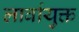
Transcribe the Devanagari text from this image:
लार्वायुक्त